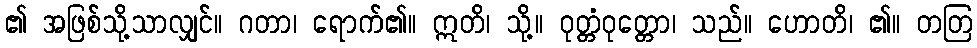
၏ အဖြစ်သို့သာလျှင်။ ဂတာ၊ ရောက်၏။ ဣတိ၊ သို့။ ဝုတ္တံဝုတ္တော၊ သည်။ ဟောတိ၊ ၏။ တတြ